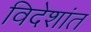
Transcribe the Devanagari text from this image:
विदेशांत